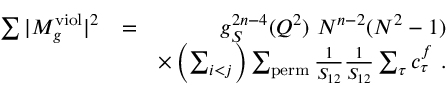
\begin{array} { r l r } { \sum \vert M _ { g } ^ { \mathrm { v i o l } } \vert ^ { 2 } } & { = } & { g _ { S } ^ { 2 n - 4 } ( Q ^ { 2 } ) ~ N ^ { n - 2 } ( N ^ { 2 } - 1 ) } \\ & { } & { \times \left( \sum _ { i < j } \right) \sum _ { \mathrm { p e r m } } \frac { 1 } { S _ { 1 2 } } \frac { 1 } { S _ { 1 2 } } \sum _ { \tau } c _ { \tau } ^ { f } ~ . } \end{array}